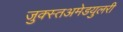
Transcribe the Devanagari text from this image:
जुक्स्तअमेडयुलरी